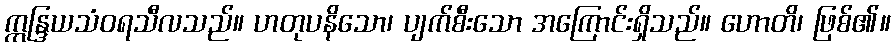
ဣန္ဒြယသံဝရသီလသည်။ ဟတုပနိသော၊ ပျက်စီးသော အကြောင်းရှိသည်။ ဟောတိ၊ ဖြစ်၏။